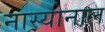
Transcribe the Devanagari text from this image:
नास्योनाल